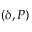
( \delta , P )